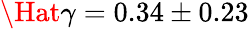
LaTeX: \Hat{\gamma}=0.34\pm 0.23